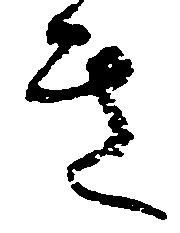
き